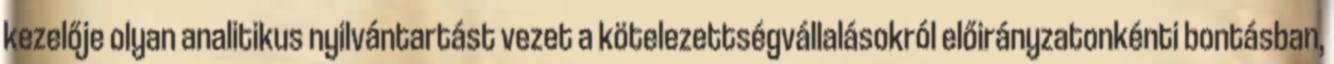
kezelője olyan analitikus nyilvántartást vezet a kötelezettségvállalásokról előirányzatonkénti bontásban,